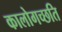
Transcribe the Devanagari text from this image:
कालोगच्छति